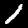
Label: 1